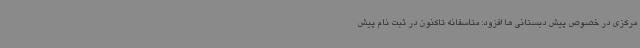
مرکزی در خصوص پیش دبستانی ها افزود: متاسفانه تاکنون در ثبت نام پیش